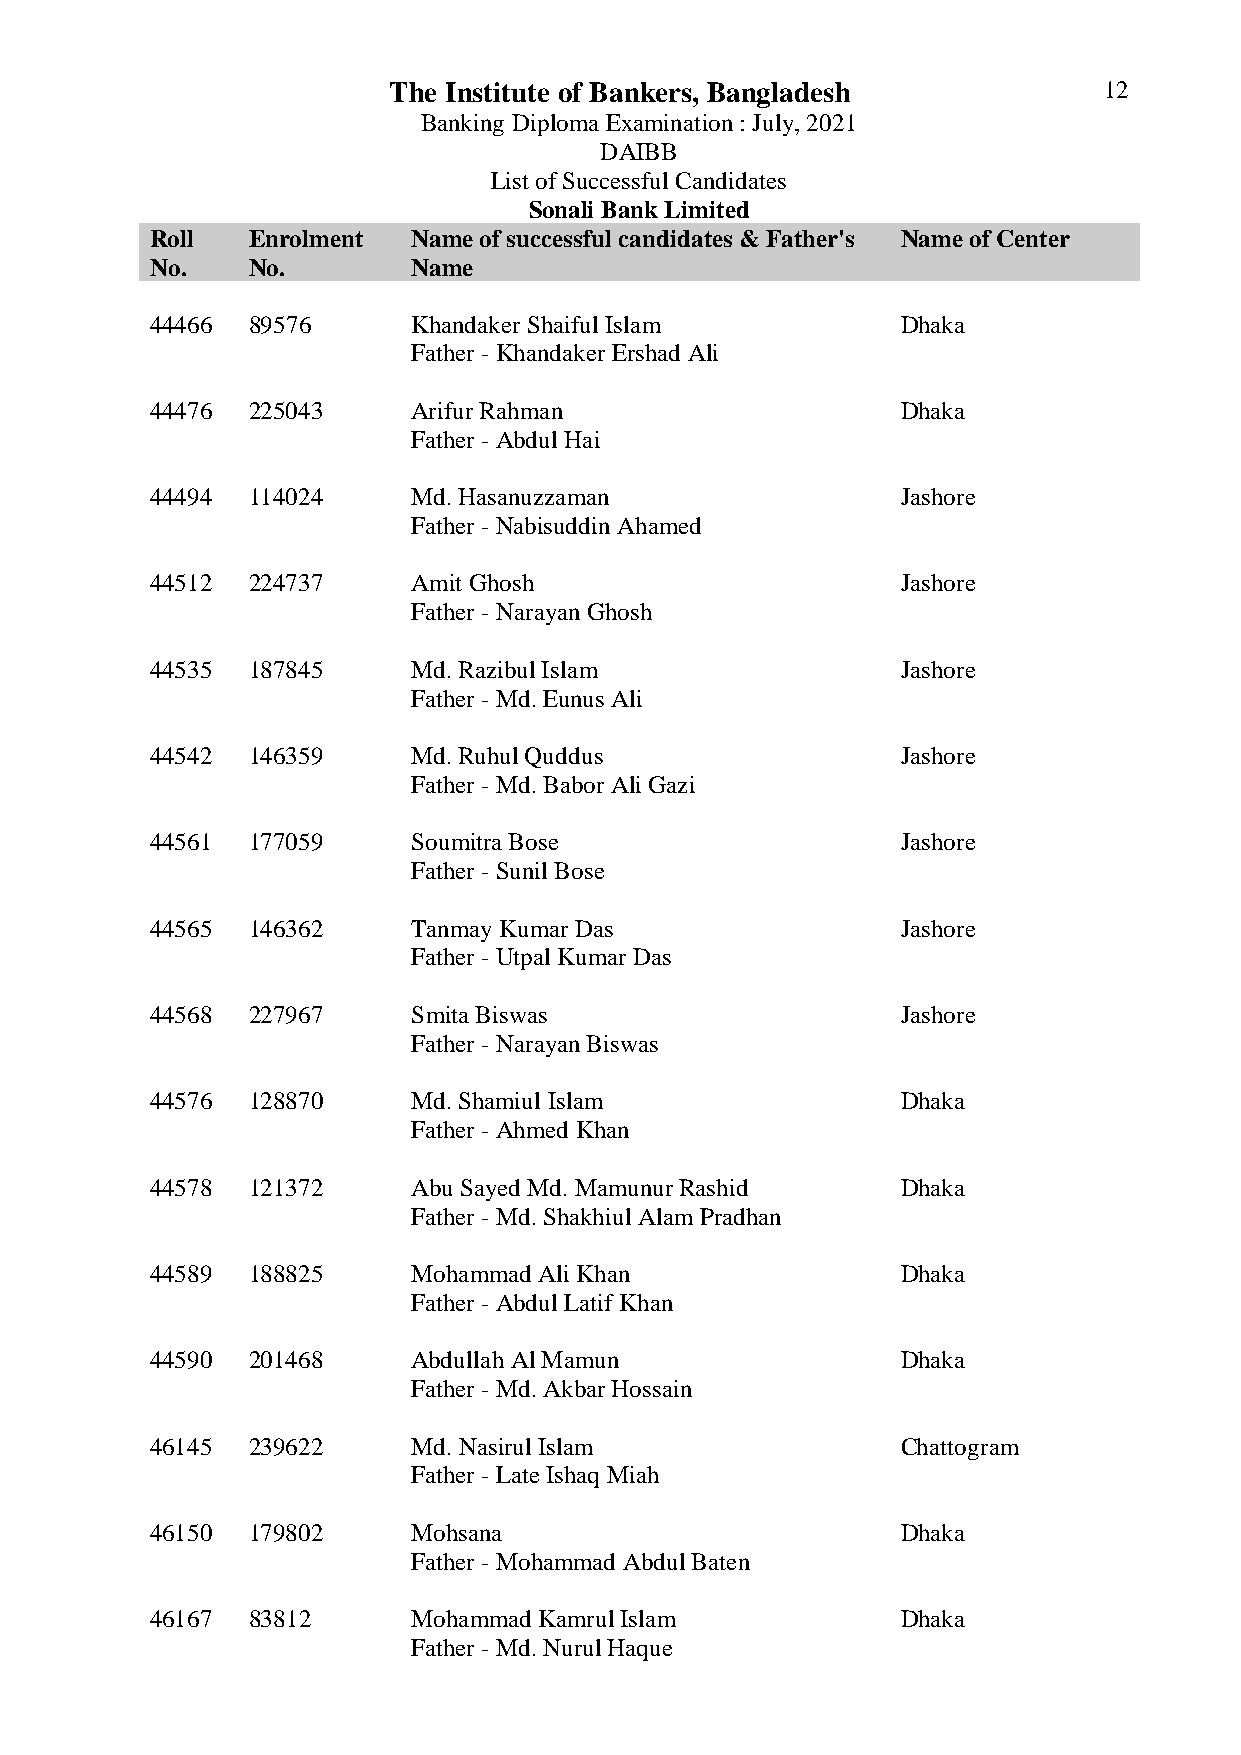
The Institute of Bankers, Bangladesh           12
 Banking Diploma Examination : July, 2021
 DAIBB
 List of Successful Candidates
 Sonali Bank Limited
 Roll  Enrolment  Name of successful candidates & Father's Name of Center
 No.   No.        Name
 44466 89576      Khandaker Shaiful Islam          Dhaka
 Father - Khandaker Ershad Ali
 44476 225043     Arifur Rahman                    Dhaka
 Father - Abdul Hai
 44494 114024     Md. Hasanuzzaman                 Jashore
 Father - Nabisuddin Ahamed
 44512 224737     Amit Ghosh                       Jashore
 Father - Narayan Ghosh
 44535 187845     Md. Razibul Islam                Jashore
 Father - Md. Eunus Ali
 44542 146359     Md. Ruhul Quddus                 Jashore
 Father - Md. Babor Ali Gazi
 44561 177059     Soumitra Bose                    Jashore
 Father - Sunil Bose
 44565 146362     Tanmay Kumar Das                 Jashore
 Father - Utpal Kumar Das
 44568 227967     Smita Biswas                     Jashore
 Father - Narayan Biswas
 44576 128870     Md. Shamiul Islam                Dhaka
 Father - Ahmed Khan
 44578 121372     Abu Sayed Md. Mamunur Rashid     Dhaka
 Father - Md. Shakhiul Alam Pradhan
 44589 188825     Mohammad Ali Khan                Dhaka
 Father - Abdul Latif Khan
 44590 201468     Abdullah Al Mamun                Dhaka
 Father - Md. Akbar Hossain
 46145 239622     Md. Nasirul Islam                Chattogram
 Father - Late Ishaq Miah
 46150 179802     Mohsana                          Dhaka
 Father - Mohammad Abdul Baten
 46167 83812      Mohammad Kamrul Islam            Dhaka
 Father - Md. Nurul Haque